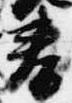
春